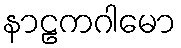
နာဠကဂါမော